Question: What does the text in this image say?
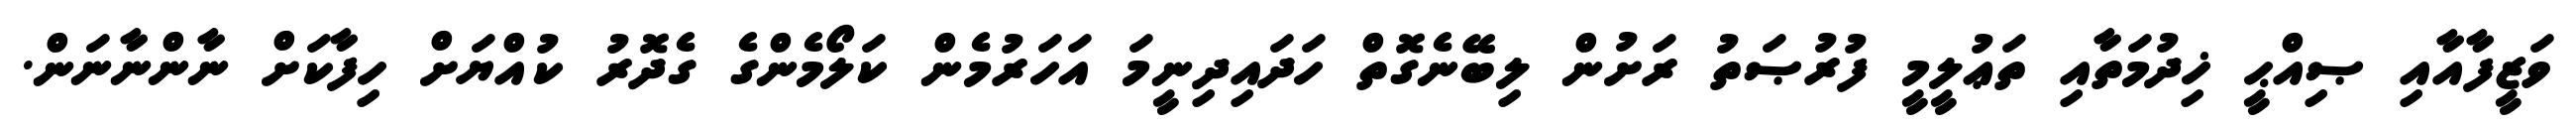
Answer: ވަޒީފާއާއި ޞިއްޙީ ޚިދުމަތާއި ތަޢުލީމީ ފުރުޞަތު ރަށުން ލިބޭނެގޮތް ހަދައިދިނީމަ އަހަރުމެން ކަލޯމެންގެ ގެދޮރު ކުއްޔަށް ހިފާކަށް ނާންނާނަން.